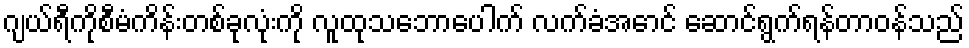
ဂျယ်ရီကိုစီမံကိန်းတစ်ခုလုံးကို လူထုသဘောပေါက် လက်ခံအောင် ဆောင်ရွက်ရန်တာဝန်သည်